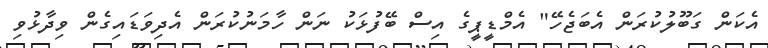
އެކަން ގަބޫލުކުރަން އެބަޖެހޭ" އެމްޑީޕީގެ އިސް ބޭފުޅަކު ނަން ހާމަނުކުރަން އެދިވަޑައިގެން ވިދާޅުވި